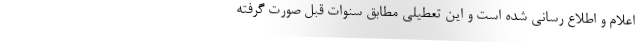
اعلام و اطلاع رسانی شده است و این تعطیلی مطابق سنوات قبل صورت گرفته